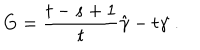
LaTeX: G = \frac { t - s + 1 } { t } \hat { \gamma } - t \gamma \; .